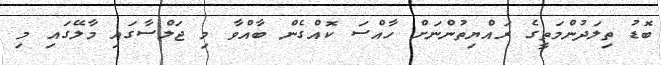
ބޮޑު ތިލަދުންމަތީގެ ރައްޔިތުންނަށް ހާއްސަ ކޮއްގެން ބާއްވާ މި ޖަލްސާގައި މާލޭގައި މި